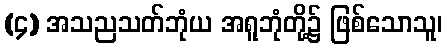
(၄) အသညသတ်ဘုံယ အရူဘုံတို့၌ ဖြစ်သောသူ၊